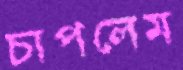
চাপলেম